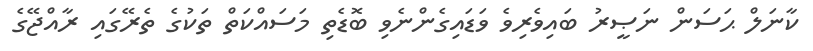
ކާނަލް ޙަސަން ނަޞީރު ބައިވެރިވެ ވަޑައިގެންނެވި ބޮޑެތި މަސައްކަތް ތަކުގެ ތެރޭގައި ރާއްޖޭގެ